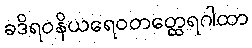
ခဒိရဝနိယရေဝတတ္ထေရဂါထာ